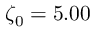
\zeta _ { 0 } = 5 . 0 0